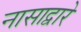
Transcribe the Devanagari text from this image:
नासाद्वारे